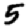
Digit: 5